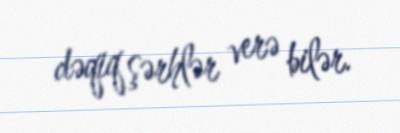
dəqiq şərhlər verə bilər.